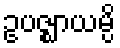
ဥပဇ္ဈာယမ္ပိ